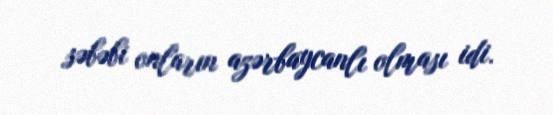
səbəbi onların azərbaycanlı olması idi.